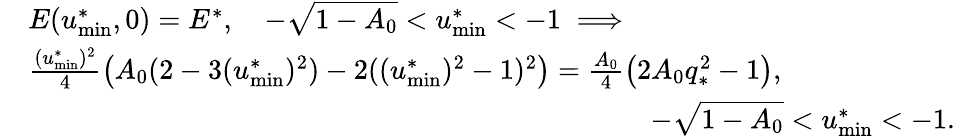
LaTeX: \begin{array}{rl}&{E(u_{\mathrm{min}}^{*},0)=E^{*},\quad-\sqrt{1-A_{0}}<u_{\mathrm{min}}^{*}<-1\implies}\\ &{\frac{(u_{\mathrm{min}}^{*})^{2}}{4}\left(A_{0}(2-3(u_{\mathrm{min}}^{*})^{2})-2((u_{\mathrm{min}}^{*})^{2}-1)^{2}\right)=\frac{A_{0}}4\left(2A_{0}q_{*}^{2}-1\right),\quad}\\ &{\qquad\qquad\qquad\qquad\qquad\qquad\qquad\qquad\qquad\qquad\qquad-\sqrt{1-A_{0}}<u_{\mathrm{min}}^{*}<-1.}\end{array}